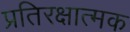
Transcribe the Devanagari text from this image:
प्रतिरक्षात्‍मक